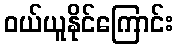
ဝယ်ယူနိုင်ကြောင်း